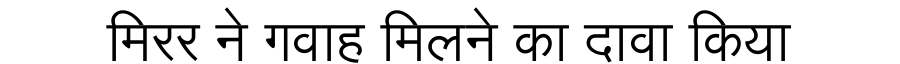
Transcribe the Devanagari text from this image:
मिरर ने गवाह मिलने का दावा किया